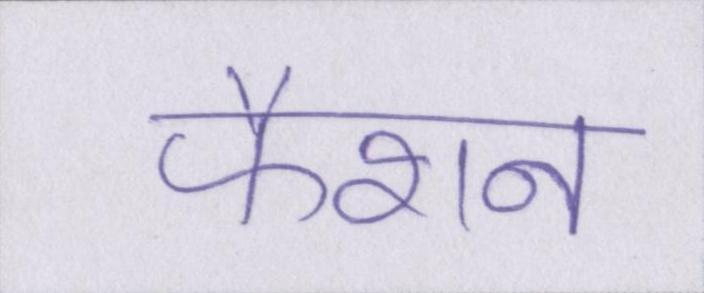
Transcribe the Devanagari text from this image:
फैशन